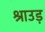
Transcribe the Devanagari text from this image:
श्राउड़